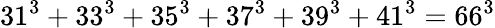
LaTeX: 31^{3}+33^{3}+35^{3}+37^{3}+39^{3}+41^{3}=66^{3}